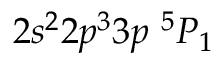
{ 2 s ^ { 2 } 2 p ^ { 3 } 3 p ~ ^ { 5 } P _ { 1 } }